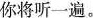
你将听一遍。